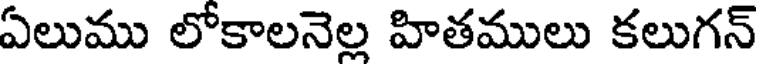
ఏలుము లోకాలనెల్ల హితములు కలుగన్